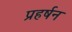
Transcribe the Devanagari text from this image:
प्रहर्षन